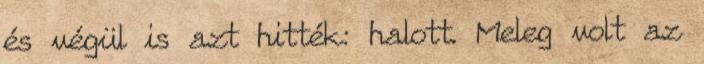
és végül is azt hitték: halott. Meleg volt az